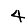
Digit: 4